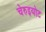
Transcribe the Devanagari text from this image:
चेरुइयोट